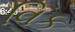
વિક